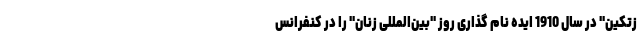
زتکین" در سال 1910 ایده نام گذاری روز "بین‌المللی زنان" را در کنفرانس